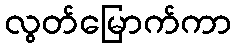
လွတ်မြောက်ကာ